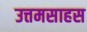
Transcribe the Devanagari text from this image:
उत्तमसाहस